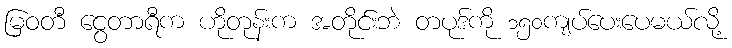
မြဝတီ ငွေတာရီက ဟိုတုန်းက အတိုင်းဘဲ တပုဒ်ကို ၁၅၀ကျပ်ပေးပေမယ်လို့